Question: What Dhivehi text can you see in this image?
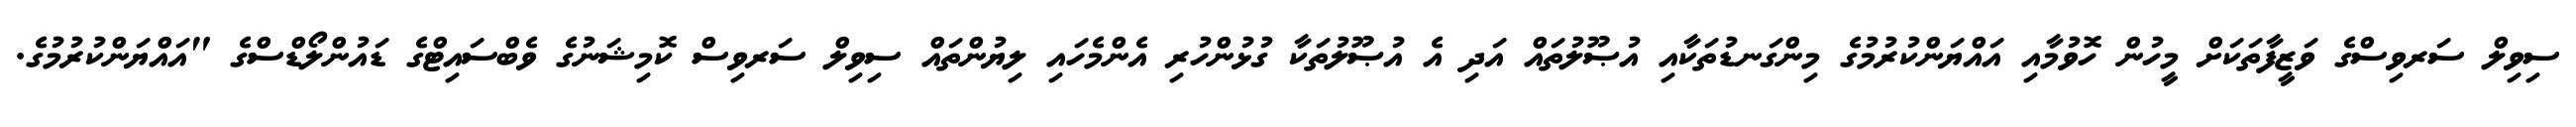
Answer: ސިވިލް ސަރވިސްގެ ވަޒީފާތަކަށް މީހުން ހޮވުމާއި އައްޔަންކުރުމުގެ މިންގަނޑުތަކާއި އުޞޫލުތައް އަދި އެ އުޞޫލުތަކާ ގުޅުންހުރި އެންމެހައި ލިޔުންތައް ސިވިލް ސަރވިސް ކޮމިޝަނުގެ ވެބްސައިޓްގެ ޑައުންލޯޑްސްގެ "އައްޔަންކުރުމުގެ.